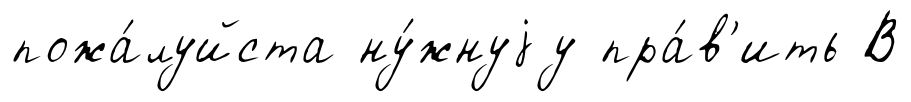
пожа́луйста ну́жнуjу пра́в'ить В